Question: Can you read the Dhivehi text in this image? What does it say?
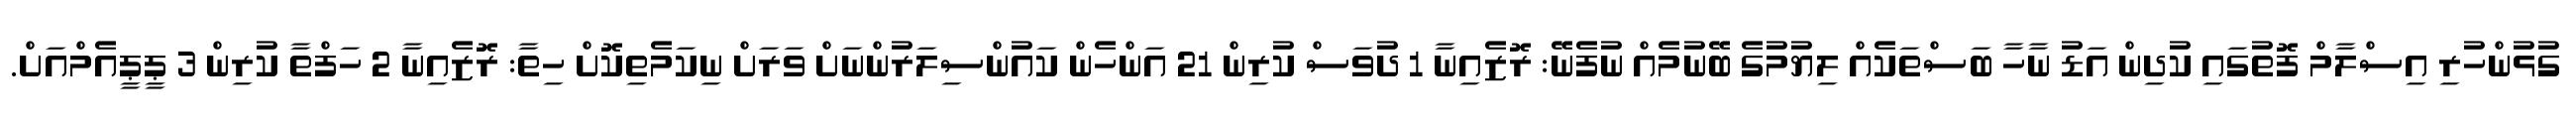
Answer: ގުޅުންހުރި އިސްލާމް ފޮތުގައި ކުދިން އަޑު ނާހާ ބަސްތަކެއް ލިޔުމުގެ ބޭނުމެއް ނުފެނޭ: ރޮޒެއިނާ 1 ދުވަސް ކުރިން 21 އަންހެން ކައުންސިލަރުންނަށް ވަރަށް ނިކަމެތިކޮށް ހިތާ: ރޮޒެއިނާ 2 ހަފްތާ ކުރިން 3 ޕީޕީއެމްއަށް.